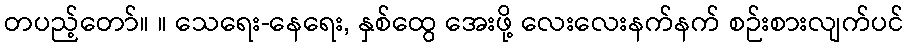
တပည့်တော်။ ။ သေရေး-နေရေး, နှစ်ထွေ အေးဖို့ လေးလေးနက်နက် စဉ်းစားလျက်ပင်